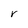
Character: r